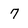
Character: 7